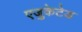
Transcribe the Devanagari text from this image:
एजुकेटेड